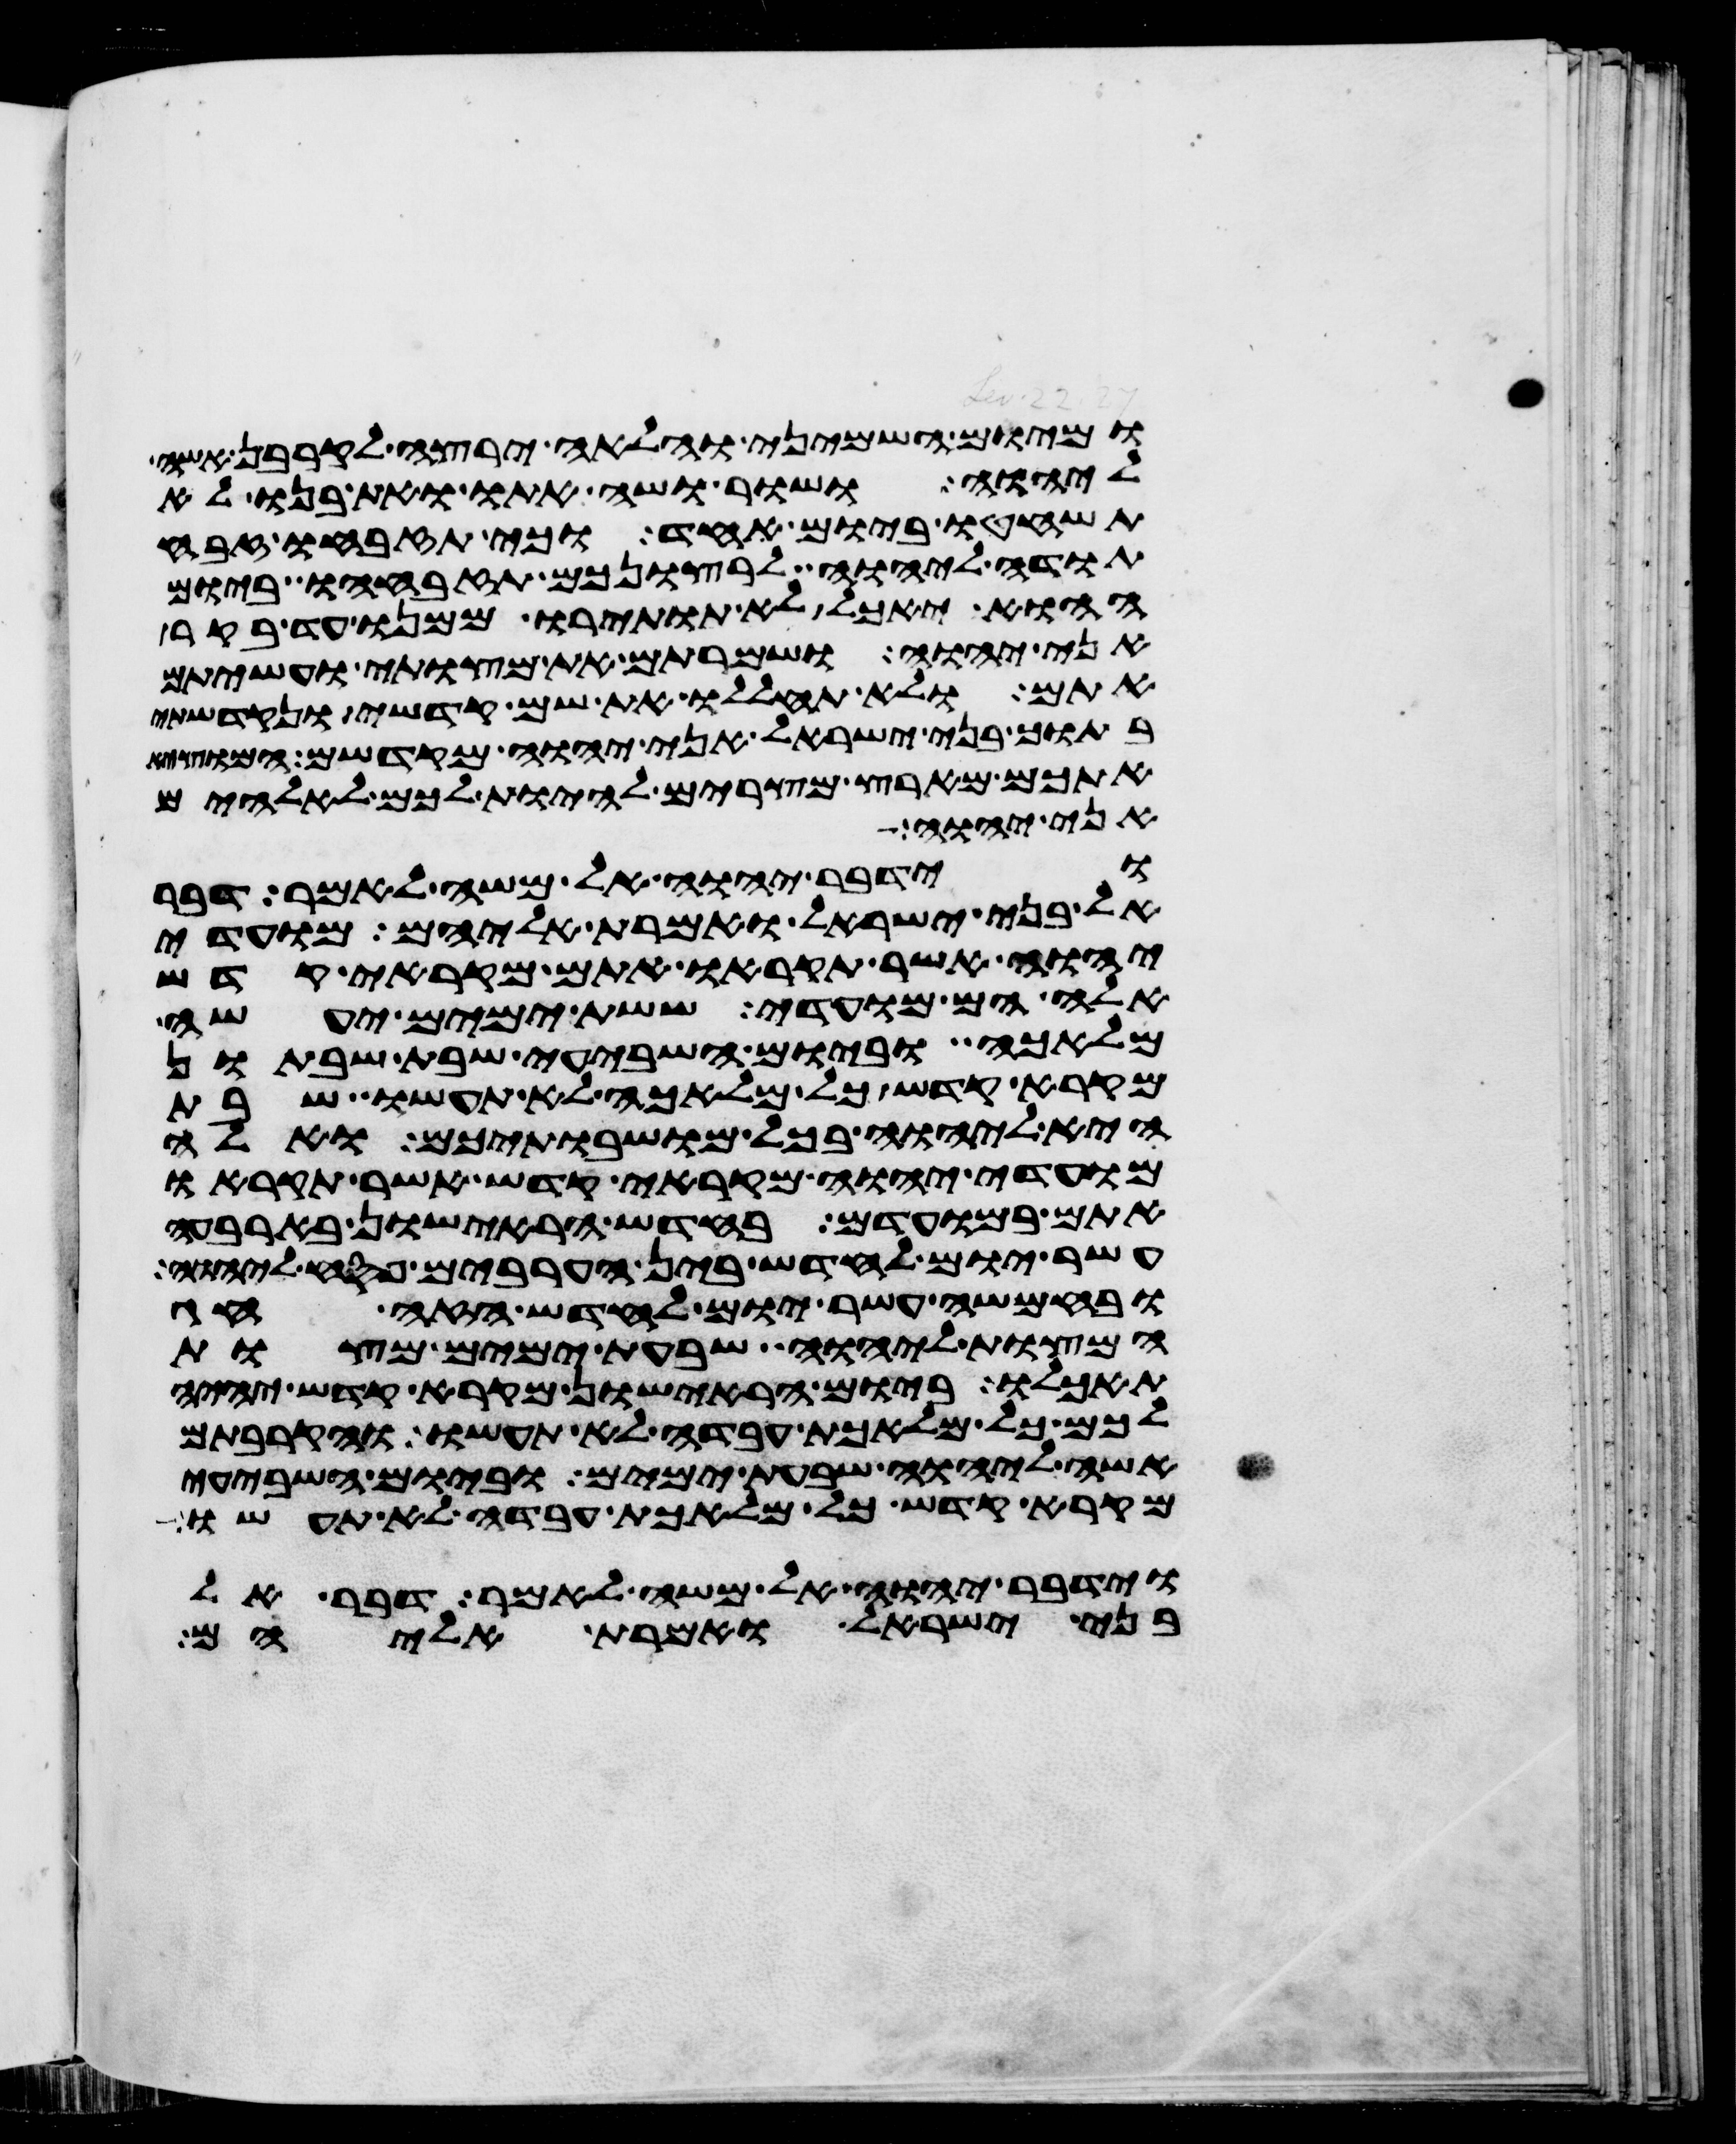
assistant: ומיום השמיני והלאה ירצה לקרבן אשה
ליהוה ושור ושה אתו ואת בנו לא
תשחטו ביום אחד וכי תזבחו זבח
תודה ליהוה לרצונכם תזבחהו ביום
ההוא יאכל לא תותירו ממנו עד בקר
אני יהוה ושמרתם את מצותי ועשיתם
אתם ולא תחללו את שם קדשי ונקדשתי
בתוך בני ישראל אני יהוה מקדשם המוצא
אתכם מארץ מצרים להיות לכם לאלהים
אני יהוה
וידבר יהוה אל משה לאמר דבר
אל בני ישראל ואמרת אליהם מועדי
יהוה אשר תקראו אתם מקראי קדש
אלה הם מועדי ששת ימים יעשה
מלאכה וביום השביעי שבת שבתון
מקרא קדש כל מלאכה לא תעשו שבת
היא ליהוה בכל מושבתיכם ואלה
מועדי יהוה מקראי קדש אשר תקראו
אתם במועדם בחדש הראישון בארבעה
עשר יום לחדש בין הערבים פסח ליהוה
ובחמשה עשר יום לחדש הזה חג
המצות ליהוה שבעת ימים מצות
תאכלו ביום הראישון מקרא קדש יהיה
לכם כל מלאכת עבדה לא תעשו והקרבתם
אשה ליהוה שבעת ימים וביום השביעי
מקרא קדש כל מלאכת עבדה לא תעשו
וידבר יהוה אל משה לאמר דבר אל
בני ישראל ואמרת אליהם